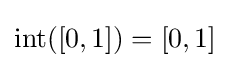
\operatorname {int} ([0,1])=[0,1]